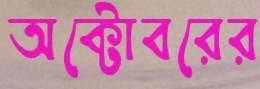
অক্টোবরের